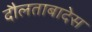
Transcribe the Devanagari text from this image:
दौलताबादेस